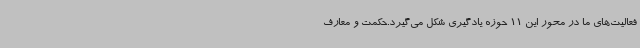
فعالیت‌های ما در محور این 11 حوزه یادگیری شکل می‌گیرد.حکمت و معارف